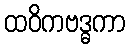
ထဝိကဗဒ္ဓကာ